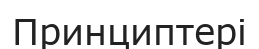
Принциптері